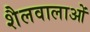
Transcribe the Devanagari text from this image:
शैलवालाओं